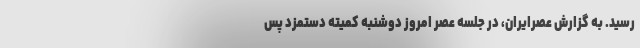
رسید. به گزارش عصرایران، در جلسه عصر امروز دوشنبه کمیته دستمزد پس